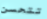
تتحسن